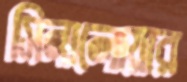
সিনালোয়ার